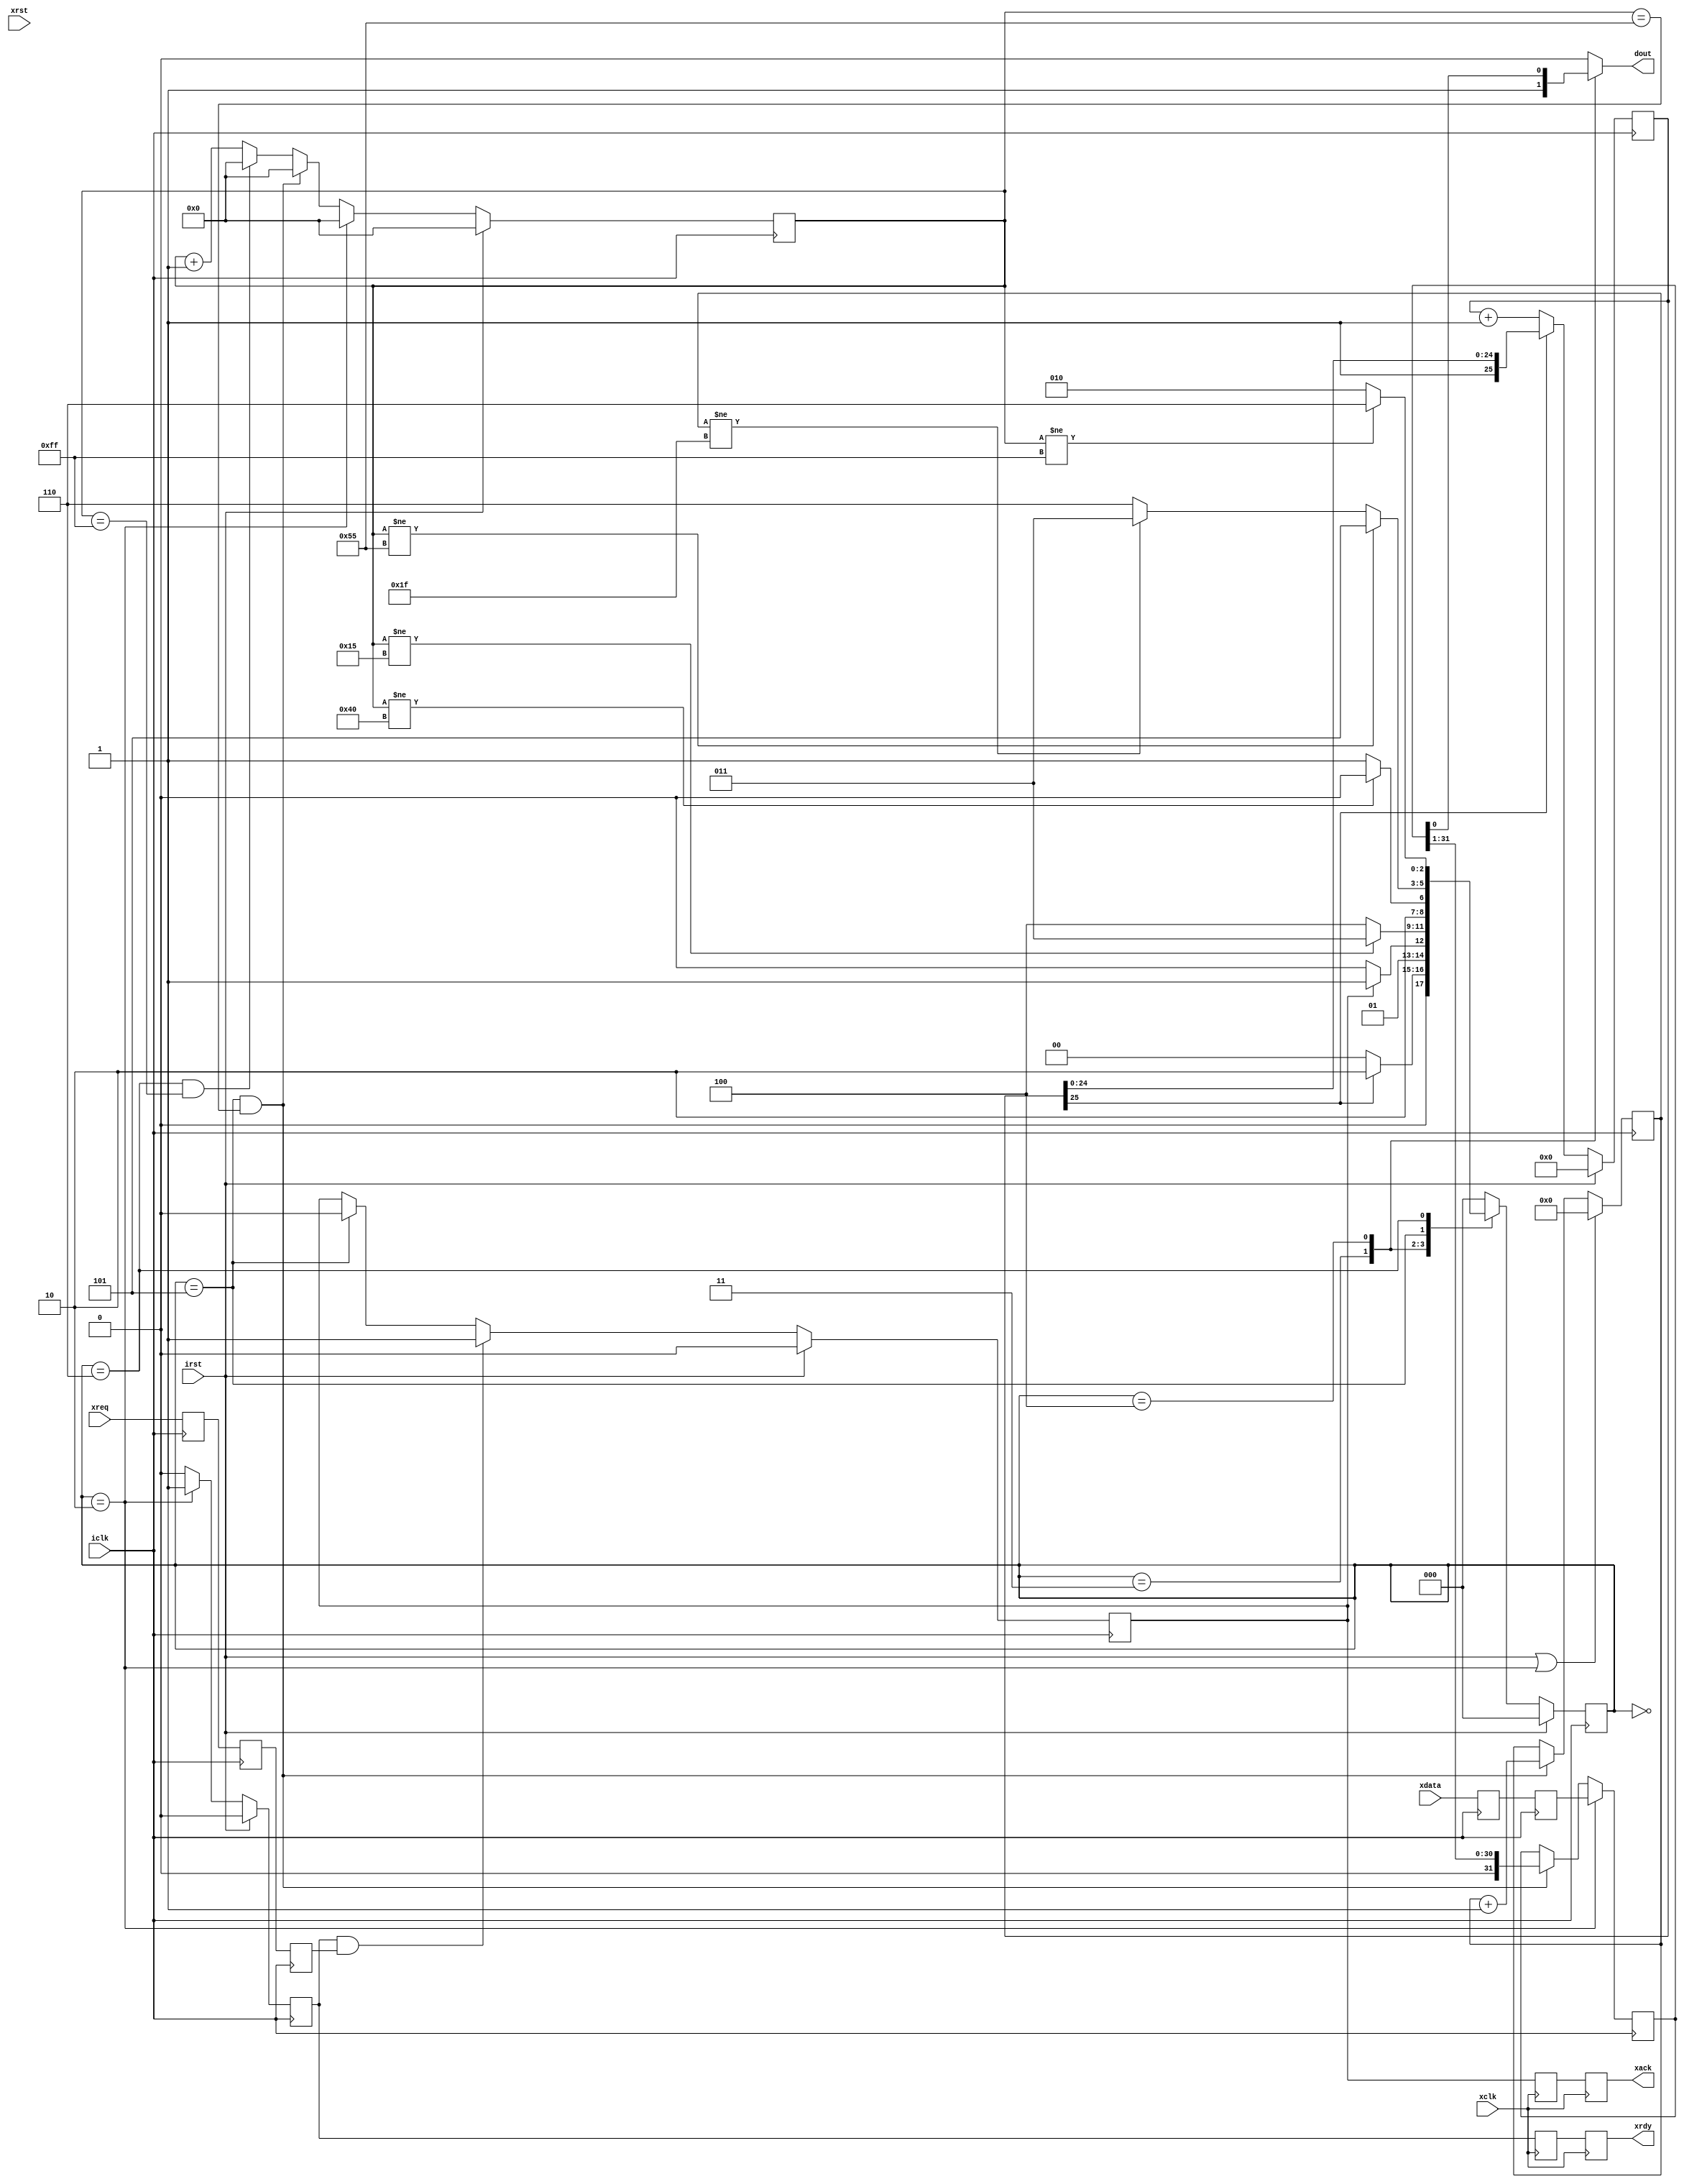
/*
 Simple NWire data transfers

 Kirk Weedman

 Mar. 5, 2009

 Concept:
   Transfer data across N wires between FPGAs using a sync or data ready signal to start transfers

 Method:
    DLY_TIME: time signal held low after reset occurs
    DATA_BITS: Number of "logic 0" or "logic 1" bits occuring after DLY_TIME
    TB: Amount of time it takes to transmit a "logic 0" or logic 1"

    After reset, the DOUT signal is held low for DLY_TIME, followed by DATA_BITS and then a low for 3*TB.
    The low for 3*TB is used by the receiver to syncnronize itself to the dataa stream

                +---+           +
    DATA_BIT ---+   +---+---+---+  "logic 0"
                |<----- TB ---->|

                +---+---+---+   +
             ---+           +---+  "logic 1"

                           +-----------------------+                +---
  DOUT --------------------+-----------------------+----------------+---
       |<---- DLY_TIME---->|<---- DATA_BITS*TB --->|<-- LOW_BITS -->|
                           |<----------- 1/SEND_FREQ -------------->|



                                                  +--------+                          +---
     ---------------------------------------------+        +--------+--------+--------+
NW_state ------------- WAIT --------------------->|<- Q1 ->|<------ Q23 ---->|<- Q4 ->|

         ------------------------------------------+
xrdy                                               +--------------------------------------

                                              +---+---------------------------+
xreq     -------------------------------------+   +---------------------------+------

                                                +----------------------------+
xack     ---------------------------------------+                            +----------------

Note:  The transmitter is ready for more xdata ONLY when xrdy = 1
       xrdy goes high right after the LOW_BITS time.
       xreq should only be asserted while xrdy = 1
       xreq should only be deasserted once xack = 1
       xreq MUST be removed before the xdata stream is completed (best to be low soon after xack goes low)
       xack will go low approximately 3/4 of the way through the first DATA_BIT
*/

`timescale 1ns/100ps

module NWire_xmit (irst, iclk, xrst, xclk, xdata, xreq, xrdy, xack, dout);

parameter XCLK_FREQ  = 48000000;  // Frequency in Hz of xclk
parameter ICLK_FREQ  = 144000000; // Frequency in Hz of iclk
parameter DLY_TIME   = 200;       // delay time after reset (in milliseconds)
parameter DATA_BITS  = 32;        // Number of data bits (logic 0 or 1) to transmit
parameter SEND_FREQ  = 48000;     // frequency in Hz of each complete DATA_BITS+LOW_BITS transmission
parameter LOW_BITS   = 3;         // number of bits to remain low after DATA_BITS
parameter TPD        = 1;

parameter NUM_DLY_CLKS = ICLK_FREQ/1000 * DLY_TIME;
localparam XS    = clogb2(DATA_BITS-1);
localparam DS    = clogb2(NUM_DLY_CLKS-1);
localparam QT    = ICLK_FREQ/SEND_FREQ/(DATA_BITS+LOW_BITS); // total clocks needed for each TB time
localparam Q1    = QT/4; // rounds down
localparam Q123  = QT - Q1;
localparam Q1234 = QT;
parameter  LOW_TIME  = LOW_BITS*QT;
localparam QS    = clogb2(LOW_TIME-1);


input  wire                 irst;  // reset signal
input  wire                 iclk;  // internal data sampling/state machine clock
input  wire                 xrst;  // reset signal
input  wire                 xclk;  // external interface clock
input  wire [DATA_BITS-1:0] xdata;
input  wire                 xreq;  // someone wants to send new xdata
output wire                 xrdy;  // transmitter is ready for more xdata
output wire                 xack;  // acknowledge that xreq has occured
output reg                  dout;

// local registers
reg [2:0] NW_state;
reg [2:0] NW_state_next;

//reg         [DS-1:0] dly_cnt;
reg           [DS:0] dly_cnt;
reg         [QS-1:0] bcnt;
reg         [XS-1:0] data_cnt;
reg                  irdy;
reg                  iack;
wire                 ireq;
reg  [DATA_BITS-1:0] id;
wire [DATA_BITS-1:0] idata;

localparam NW_IDLE     = 0,
           NW_DLY      = 1,
           NW_WAIT     = 2,
           NW_DATA_Q1  = 3,
           NW_DATA_Q23 = 4,
           NW_DATA_Q4  = 5,
           NW_LOW      = 6;

generate
if (ICLK_FREQ == XCLK_FREQ)
begin: SAME_CLK
  assign xrdy  = irdy;
  assign xack  = iack;

  assign idata = xdata;
  assign ireq  = xreq;
end
else
begin: DIFF_CLK
  reg xr1, xr0;
  reg xa1, xa0;
  reg [DATA_BITS-1:0] id1, id0;
  reg iq2, iq1, iq0;

  always @(posedge xclk) 
  begin
    {xr1, xr0} <= #TPD {xr0, irdy};
    {xa1, xa0} <= #TPD {xa0, iack};
  end

  always @(posedge iclk) 
  begin
    {id1, id0}  <= #TPD {id0, xdata};
    {iq2, iq1, iq0} <= #TPD {iq1, iq0, xreq}; // if xdata and xreq are at the same time make sure ireq will not occur before idata
  end

  assign xrdy = xr1;
  assign xack = xa1;

  assign idata = id1;
  assign ireq  = iq2;
end
endgenerate

always @(posedge iclk)
begin
  if (irst)
    irdy <= #TPD 1'b0;
  else if (NW_state == NW_WAIT)
    irdy <= #TPD 1'b1;
  else
    irdy <= #TPD 1'b0;

  if (irst)
    iack <= #TPD 1'b0;
  else if (irdy && ireq) // ignore requests until irdy is true
    iack <= #TPD 1'b1;
  else if (NW_state == NW_DATA_Q4) // wait till first DATA_BIT mostly done before clearing xack
    iack <= #TPD 1'b0;

  if (irst)
    dly_cnt <= #TPD 1'b0;
//  else if (dly_cnt != NUM_DLY_CLKS) // Slow because of the size and causing timing analysis problems
  else if (!dly_cnt[DS]) // a little longer but the compare is much simpler for a large counter and FASTER
    dly_cnt <= #TPD dly_cnt + 1'b1;

  if (irst)
    bcnt <= #TPD 1'b0;
  else if (NW_state == NW_WAIT)
    bcnt <= #TPD 1'b0;
  else if ((NW_state == NW_DATA_Q4) && (bcnt == Q1234))
    bcnt <= #TPD 1'b0;
  else if ((NW_state == NW_LOW) && (bcnt == LOW_TIME))
    bcnt <= #TPD 1'b0;
  else
    bcnt <= #TPD bcnt + 1'b1;

  if (NW_state == NW_WAIT)
    id <= #TPD idata;
  else if ((NW_state == NW_DATA_Q4) && (bcnt == Q1234))
    id <= #TPD id >> 1;

  if (irst || (NW_state == NW_WAIT))
    data_cnt <= #TPD 1'b0;
  else if ((NW_state == NW_DATA_Q4) && (bcnt == Q1234))
    data_cnt <= #TPD data_cnt + 1'b1;

  if (irst)
    NW_state <= #TPD NW_IDLE;
  else
    NW_state <= #TPD NW_state_next;
end


// NWire state machine
always @*
begin
   case(NW_state)
     NW_IDLE:
     begin
       dout = 1'b0;
//       if (dly_cnt != NUM_DLY_CLKS)
       if (!dly_cnt[DS])
         NW_state_next = NW_IDLE;   // Wait at least DLY_TIME before sending DATA_BITS
       else
         NW_state_next = NW_WAIT;  // send DATA_BITS now
     end

     NW_WAIT:
     begin
       dout = 1'b0;
       if (iack)
         NW_state_next = NW_DATA_Q1;  // we have permission to transmit a stream of DATA_BITS
       else
         NW_state_next = NW_WAIT;
     end

     NW_DATA_Q1: // during 1st quarter of "logic n", dout = 1
     begin
       dout = 1'b1;
       if (bcnt != Q1) // 1st 1/4 of data bit
         NW_state_next = NW_DATA_Q1;
       else
         NW_state_next = NW_DATA_Q23;
     end

     NW_DATA_Q23: // during 2nd & 3rd quarter of "logic n", dout = n
     begin
       dout = id[0];
       if (bcnt != Q123) // 2nd and 3rd quarter of data bit
         NW_state_next = NW_DATA_Q23;
       else
         NW_state_next = NW_DATA_Q4;
     end

     NW_DATA_Q4: // during last quarter of "logic n", dout = 0
     begin
       dout = 1'b0;
       if (bcnt != Q1234)
         NW_state_next = NW_DATA_Q4;   // haven't finished sending this data bit
       else if (data_cnt != (DATA_BITS-1))
         NW_state_next = NW_DATA_Q1;   // this data bit has finished, but not all the DATA_BITS have been sent
       else
         NW_state_next = NW_LOW;       // DATA_BITS have finished
     end

     NW_LOW: // send out a low signal during this time
     begin
       dout = 1'b0;
       if (bcnt != LOW_TIME)
         NW_state_next = NW_LOW;
       else
         NW_state_next = NW_WAIT;      // LOW_BITS have finished
     end

     default:
     begin
       dout = 1'b0;
       NW_state_next = NW_IDLE;
     end
   endcase
end

function integer clogb2;
input [31:0] depth;
begin
  for(clogb2=0; depth>0; clogb2=clogb2+1)
  depth = depth >> 1;
end
endfunction

endmodule